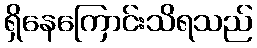
ရှိနေကြောင်းသိရသည်